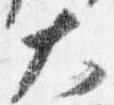
大